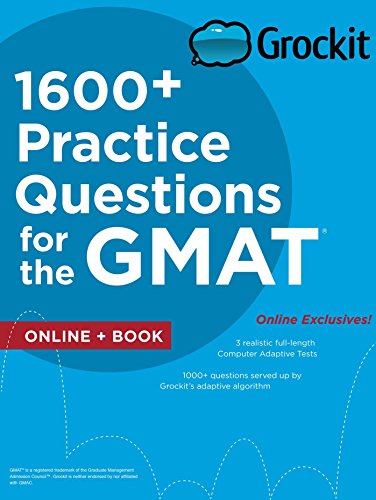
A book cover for Grockit 1600+ Practice Questions for the GMAT: Book + Online (Grockit Test Prep); Grockit; Test Preparation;